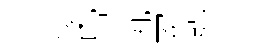
愎帋丸冢聴